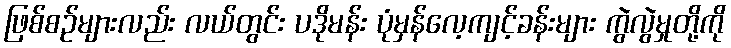
ဖြစ်စဉ်များလည်း လယ်တွင်း ပဒိုမန်း ပုံမှန်လေ့ကျင့်ခန်းများ ကွဲလွဲမှုတို့ကို